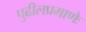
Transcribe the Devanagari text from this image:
पुढीलप्रमाणेः